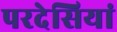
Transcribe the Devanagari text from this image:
परदेसियां